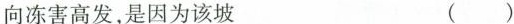
向冻害高发，是因为该坡 ( )